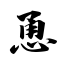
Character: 恿